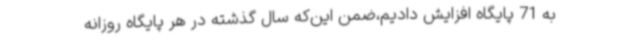
به 71 پایگاه افزایش دادیم،ضمن این‌که سال گذشته در هر پایگاه روزانه